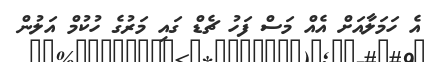
އެ ހަމަލާއަށް އެއް މަސް ފަހު ޗެޑް ގައި މަރުގެ ހުކުމް އަލުން